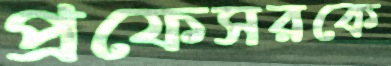
প্রফেসরকে